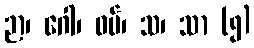
ဉာ၊ ဂေါ၊ ဓမ်၊ သ၊ သာ (၅)